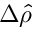
\Delta \hat { \rho }